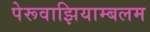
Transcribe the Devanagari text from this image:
पेरूवाझियाम्बलम